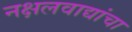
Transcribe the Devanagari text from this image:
नक्षलवाद्यांचा